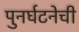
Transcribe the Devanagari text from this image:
पुनर्घटनेची